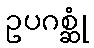
ဥပဂစ္ဆုံ